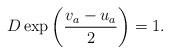
LaTeX: \begin{align*}D\exp\left(\frac{v_{a}-u_{a}}{2}\right) = 1.\end{align*}